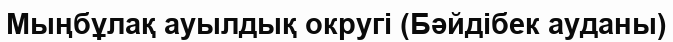
Мыңбұлақ ауылдық округі (Бәйдібек ауданы)